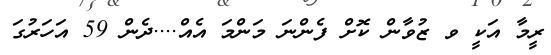
ރީމާ އަކީ ވ ޒުވާން ކޮށް ފެންނަ މަންމަ އެއް....ދެން 59 އަހަރުގަ